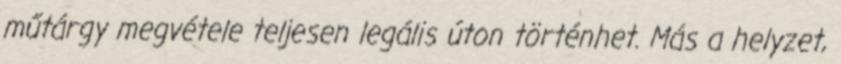
műtárgy megvétele teljesen legális úton történhet. Más a helyzet,